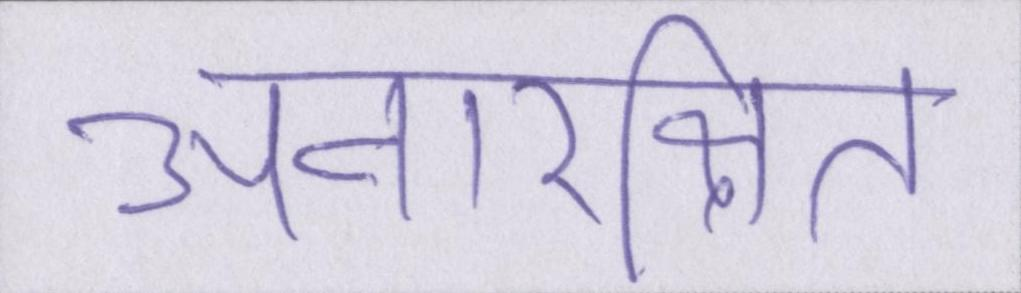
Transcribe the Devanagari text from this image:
अनारक्षित